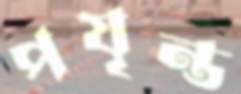
পযৃন্ত